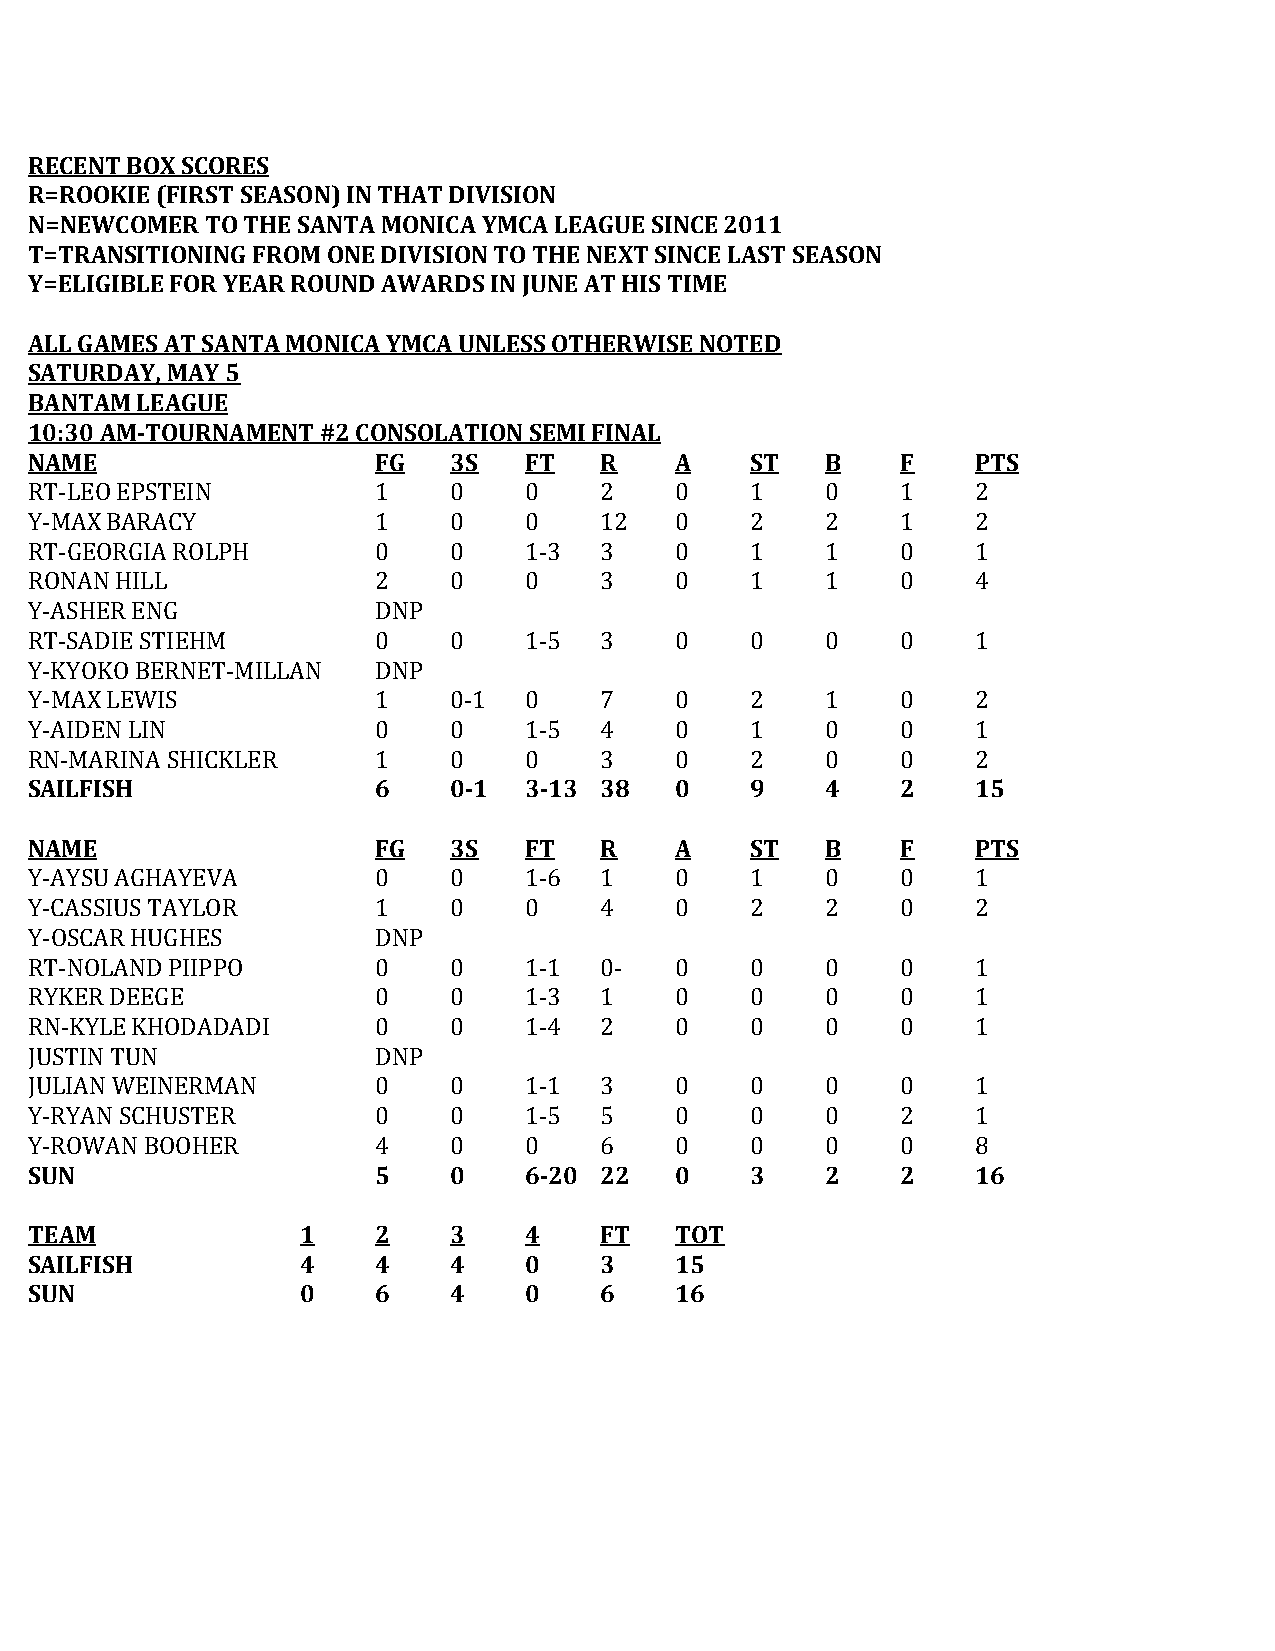
RECENT BOX SCORES
 R=ROOKIE (FIRST SEASON) IN THAT DIVISION
 N=NEWCOMER  TO THE SANTA MONICA YMCA LEAGUE SINCE 2011
 T=TRANSITIONING FROM ONE DIVISION TO THE NEXT SINCE LAST SEASON
 Y=ELIGIBLE FOR YEAR ROUND AWARDS IN JUNE AT HIS TIME
 ALL GAMES AT SANTA MONICA YMCA UNLESS OTHERWISE NOTED
 SATURDAY, MAY 5
 BANTAM LEAGUE
 10:30 AM-TOURNAMENT #2 CONSOLATION SEMI FINAL
 NAME                   FG   3S   FT   R    A    ST   B    F    PTS
 RT-LEO EPSTEIN         1    0    0    2    0    1    0    1    2
 Y-MAX BARACY           1    0    0    12   0    2    2    1    2
 RT-GEORGIA ROLPH       0    0    1-3  3    0    1    1    0    1
 RONAN HILL             2    0    0    3    0    1    1    0    4
 Y-ASHER ENG            DNP
 RT-SADIE STIEHM        0    0    1-5  3    0    0    0    0    1
 Y-KYOKO BERNET-MILLAN  DNP
 Y-MAX LEWIS            1    0-1  0    7    0    2    1    0    2
 Y-AIDEN LIN            0    0    1-5  4    0    1    0    0    1
 RN-MARINA SHICKLER     1    0    0    3    0    2    0    0    2
 SAILFISH               6    0-1  3-13 38   0    9    4    2    15
 NAME                   FG   3S   FT   R    A    ST   B    F    PTS
 Y-AYSU AGHAYEVA        0    0    1-6  1    0    1    0    0    1
 Y-CASSIUS TAYLOR       1    0    0    4    0    2    2    0    2
 Y-OSCAR HUGHES         DNP
 RT-NOLAND PIIPPO       0    0    1-1  0-   0    0    0    0    1
 RYKER DEEGE            0    0    1-3  1    0    0    0    0    1
 RN-KYLE KHODADADI      0    0    1-4  2    0    0    0    0    1
 JUSTIN TUN             DNP
 JULIAN WEINERMAN       0    0    1-1  3    0    0    0    0    1
 Y-RYAN SCHUSTER        0    0    1-5  5    0    0    0    2    1
 Y-ROWAN BOOHER         4    0    0    6    0    0    0    0    8
 SUN                    5    0    6-20 22   0    3    2    2    16
 TEAM              1    2    3    4    FT   TOT
 SAILFISH          4    4    4    0    3    15
 SUN               0    6    4    0    6    16